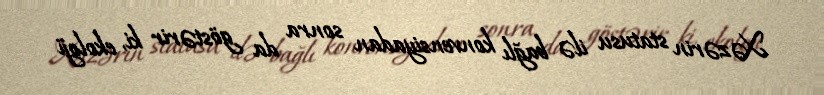
Xəzərin statusu ilə bağlı konvensiyadan sonra da göstərir ki, ekoloji